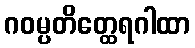
ဂဝမ္ပတိတ္ထေရဂါထာ